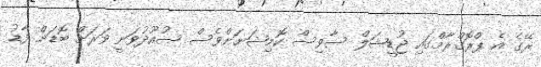
ރޭގެ އެ ޕްރޮގްރާމްގައި ޖުޑީޝަލް ސާވިސް ކޮމިޝަނަށްވެސް ސުއޫދުވަނީ ވަރަށް ބޮޑަށް ފާޑު